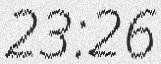
23:26